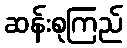
ဆန်းစုကြည်